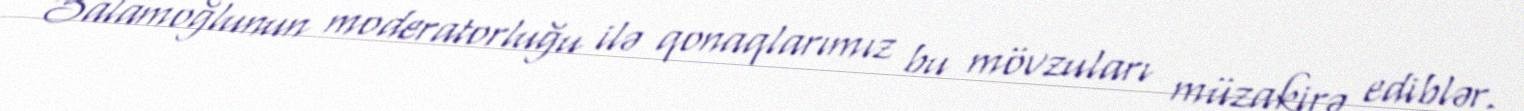
Salamoğlunun moderatorluğu ilə qonaqlarımız bu mövzuları müzakirə ediblər.